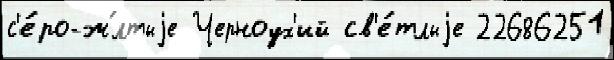
с'е́ро-ж́лтыjе Черноух'ий св'е́тлыjе 22686251